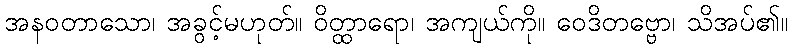
အနဝတာသော၊ အခွင့်မဟုတ်။ ဝိတ္ထာရော၊ အကျယ်ကို။ ဝေဒိတဗ္ဗော၊ သိအပ်၏။